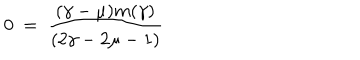
LaTeX: 0 ~ = ~ \frac { ( \gamma - \mu ) m ( \gamma ) } { ( 2 \gamma - 2 \mu - 1 ) }